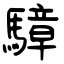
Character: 騿